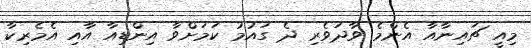
މިއީ ޗައިނާއާ އެންމެ ވާދަވެރި ދެ ގައުމު ކަމަށްވާ އިންޑިއާ އާއި އެމެރިކާ